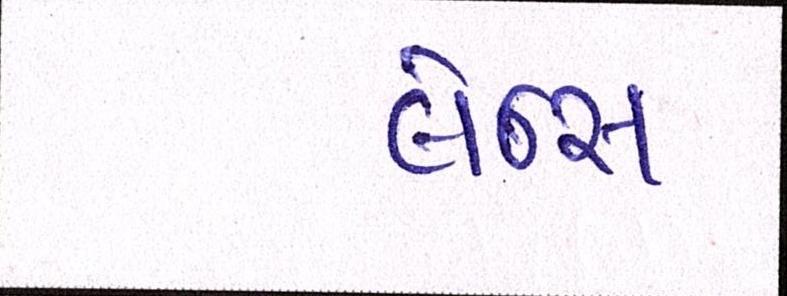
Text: લેન્સ